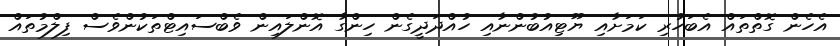
އެހެން ގޮތްތައް އެބަހުރި ކަމަށާއި ޔޫޓިއުބުންނާއި ހުއްދަދީގެން ހިންގާ އޮންލައިން ވެބްސައިޓްތަކުންވެސް ފިލްމުތައް